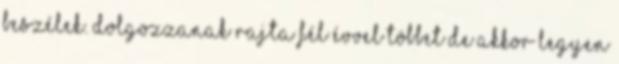
beszélek. Dolgozzanak rajta fél évvel többet de akkor legyen